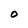
Character: 0